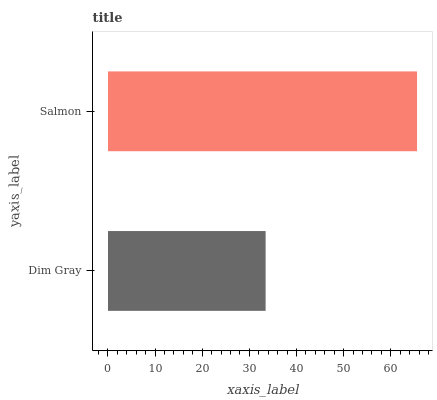
| yaxis_label | bars |
 | --- | --- |
 | Dim Gray | 33.4 |
 | Salmon | 65.6 |